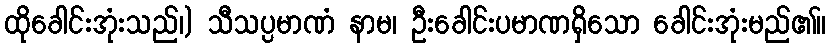
ထိုခေါင်းအုံးသည်၊) သီသပ္ပမာဏံ နာမ၊ ဦးခေါင်းပမာဏရှိသော ခေါင်းအုံးမည်၏။